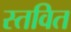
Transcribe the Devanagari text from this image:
स्तवित